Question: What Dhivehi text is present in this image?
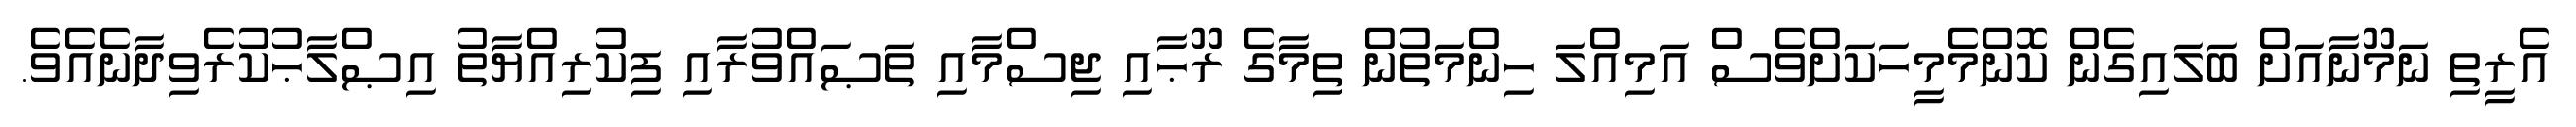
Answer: އެރީތި ނަމޫނާއަށް ބަލައިގެން ކޮންމެމީހަކަށްވެސް އަމިއްލަ ހިންމަތުން ތިމާގެ ރޫޙާއި ޖިސްމާއި ތަޞައްވުރާއި ފިކުރިއްޔާތު އިޞްލާޙުކުރެވިދާނެއެވެ.